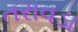
તરાવડા